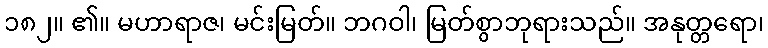
၁၈၂။ ၏။ မဟာရာဇ၊ မင်းမြတ်။ ဘဂဝါ၊ မြတ်စွာဘုရားသည်။ အနုတ္တရော၊